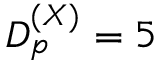
D _ { p } ^ { ( X ) } = 5